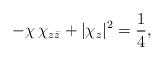
LaTeX: \begin{align*}-\chi\,\chi_{z\bar{z}}+|\chi_{z}|^{2}=\frac{1}{4},\end{align*}